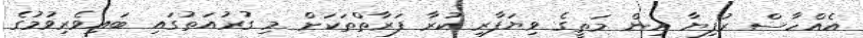
އެއްހާސް ރުފިޔާ އިން މަތީގެ ވިޔަފާރި ކުރާ ފަރާތްތަކަށް މި ގުރުއަތުގައި ބައިވެރިވުމުގެ